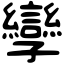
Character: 孿